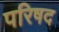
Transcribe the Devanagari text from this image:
परिषद